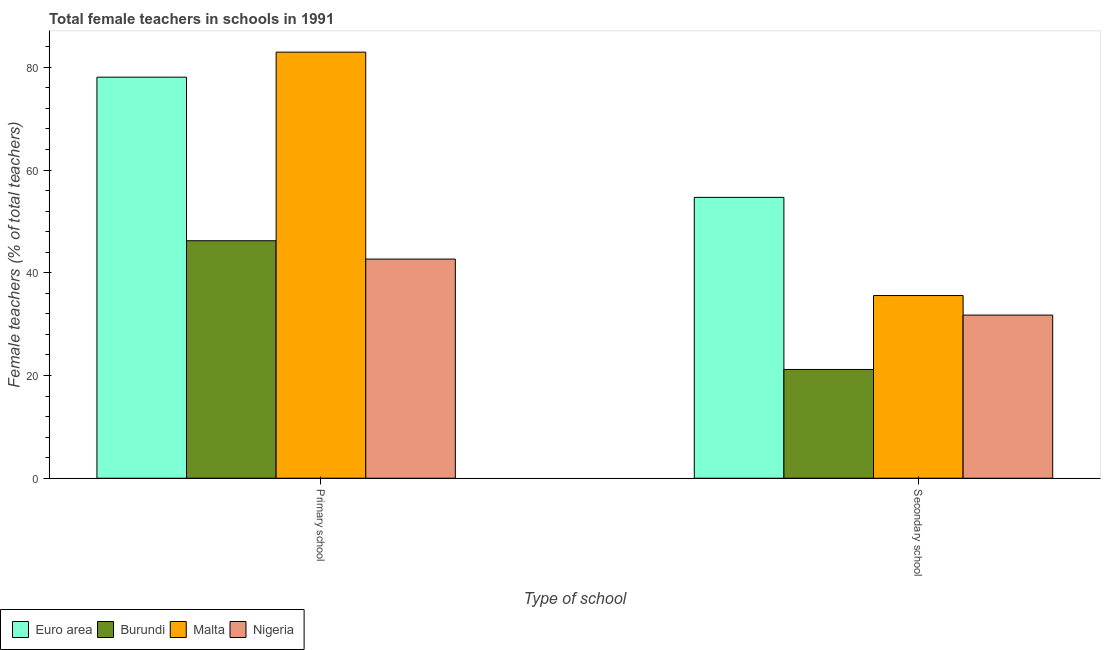
| Type of school | Euro area | Burundi | Malta | Nigeria |
 | --- | --- | --- | --- | --- |
 | Primary school | 78.1 | 46.2 | 82.9 | 42.7 |
 | Secondary school | 54.7 | 21.2 | 35.6 | 31.8 |